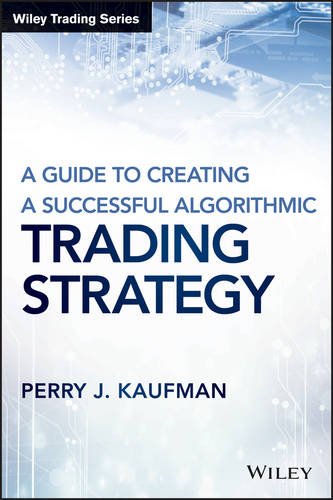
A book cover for A Guide to Creating A Successful Algorithmic Trading Strategy (Wiley Trading); Perry J. Kaufman; Business & Money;